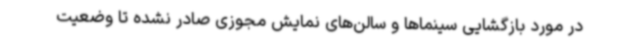
در مورد بازگشایی سینماها و سالن‌های نمایش مجوزی صادر نشده تا وضعیت